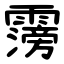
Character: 霶